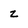
Character: z